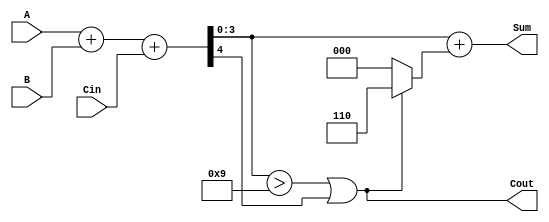
module BCD_Parallel_Adder (
    input  [3:0] A,      // First BCD digit
    input  [3:0] B,      // Second BCD digit
    input        Cin,     // Carry input
    output [3:0] Sum,     // BCD result
    output       Cout      // Carry output
);

    wire [4:0] S;         // 5-bit sum (to accommodate carry)
    wire correction;       // Correction needed
    wire [3:0] corrected_sum; // Sum after correction

    // Step 1: Binary addition of A, B, and Cin
    assign S = A + B + Cin;

    // Step 2: Check if correction is needed
    assign correction = (S[3:0] > 4'b1001) || S[4];

    // Step 3: If correction is needed, add 6 (0110) to the sum
    assign corrected_sum = S[3:0] + (correction ? 4'b0110 : 4'b0000);

    // Final outputs
    assign Sum = corrected_sum; // BCD result
    assign Cout = correction;    // Carry output

endmodule